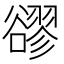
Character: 豂